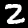
Label: 2